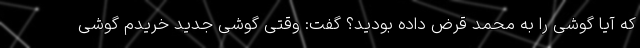
که آیا گوشی را به محمد قرض داده بودید؟ گفت: وقتی گوشی جدید خریدم گوشی